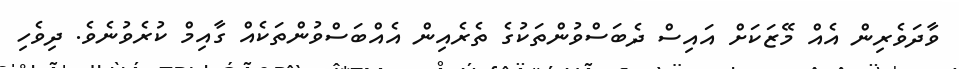
ވާދަވެރިން އެއް މޭޒަކަށް އައިސް ދެބަސްވުންތަކުގެ ތެރެއިން އެއްބަސްވުންތަކެއް ގާއިމް ކުރެވުނެވެ. ދިވެހި